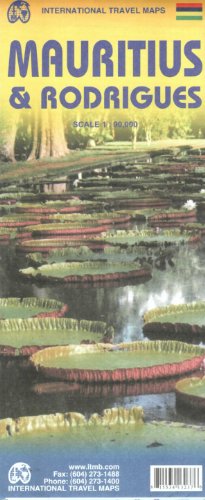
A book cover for Mauritius & Rodrigues 1:90,000; ITMB Canada; Travel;